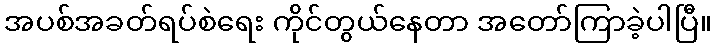
အပစ်အခတ်ရပ်စဲရေး ကိုင်တွယ်နေတာ အတော်ကြာခဲ့ပါပြီ။